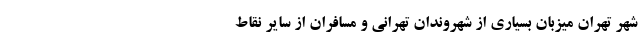
شهر تهران میزبان بسیاری از شهروندان تهرانی و مسافران از سایر نقاط